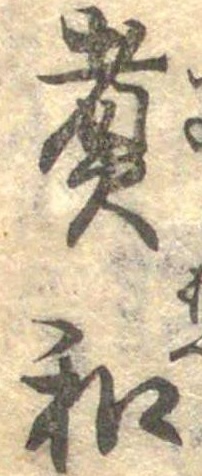
煮和